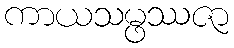
ကာယသမ္ဖဿဇာ